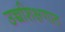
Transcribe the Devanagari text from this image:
उच्चशिक्षणात